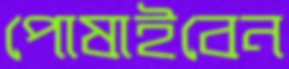
পোষাইবেন